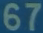
67